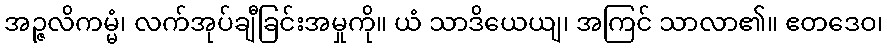
အဉ္ဇလိကမ္မံ၊ လက်အုပ်ချီခြင်းအမှုကို။ ယံ သာဒိယေယျ၊ အကြင် သာလာ၏။ ဧတဒေဝ၊